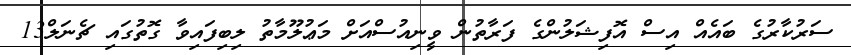
ސަރުކާރުގެ ބައެއް އިސް އޮފިޝަލުންގެ ފަރާތުން ވީނިއުސްއަށް މަޢުލޫމާތު ލިބިފައިވާ ގޮތުގައި ޗެނަލް13